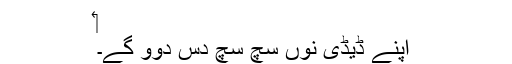
‏
اپنے ڈیڈی نُوں سچ سچ دس دوو گے۔